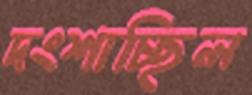
দংশাচ্ছিল